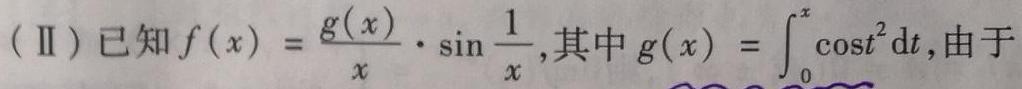
(Ⅱ) 已知$f(x)=\frac{g(x)}{x}\cdot\sin\frac{1}{x}$, 其中$g(x)=\int_{0}^{x}\cos t^{2}\mathrm{d}t$, 由于